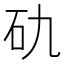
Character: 𥐜